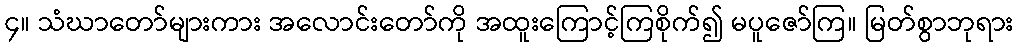
၄။ သံဃာတော်များကား အလောင်းတော်ကို အထူးကြောင့်ကြစိုက်၍ မပူဇော်ကြ။ မြတ်စွာဘုရား